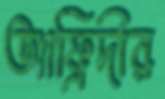
আফ্রিদীর